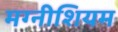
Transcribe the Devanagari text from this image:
मग्नीशियम